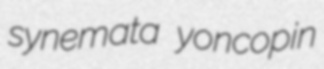
synemata yoncopin